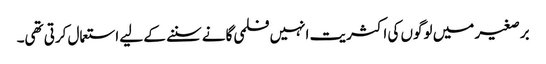
برصغیر میں لوگوں کی اکثریت انہیں فلمی گانے سننے کے لیے استعمال کرتی تھی۔